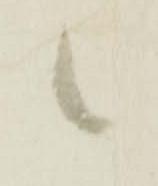
候